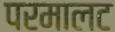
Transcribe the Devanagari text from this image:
परमालट